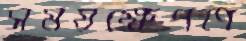
সময়ক্ষেপণে